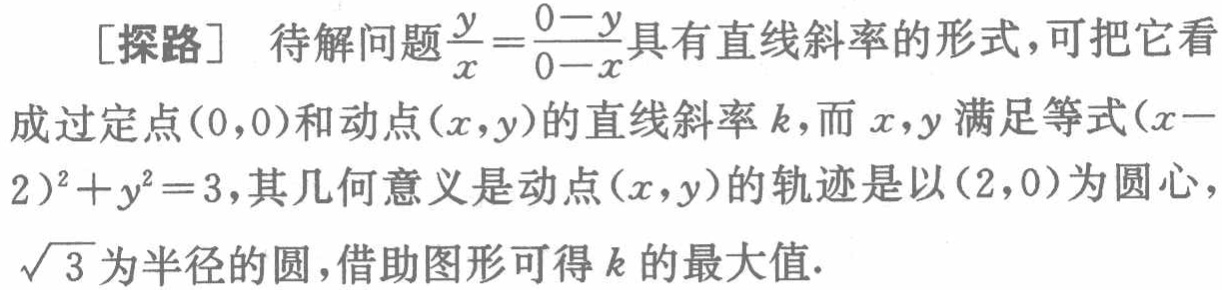
[探路] 待解问题$\frac{y}{x}=\frac{0 - y}{0 - x}$具有直线斜率的形式，可把它看成过定点$(0,0)$和动点$(x,y)$的直线斜率$k$，而$x,y$满足等式$(x - 2)^2 + y^2 = 3$，其几何意义是动点$(x,y)$的轨迹是以$(2,0)$为圆心，$\sqrt{3}$为半径的圆，借助图形可得$k$的最大值.